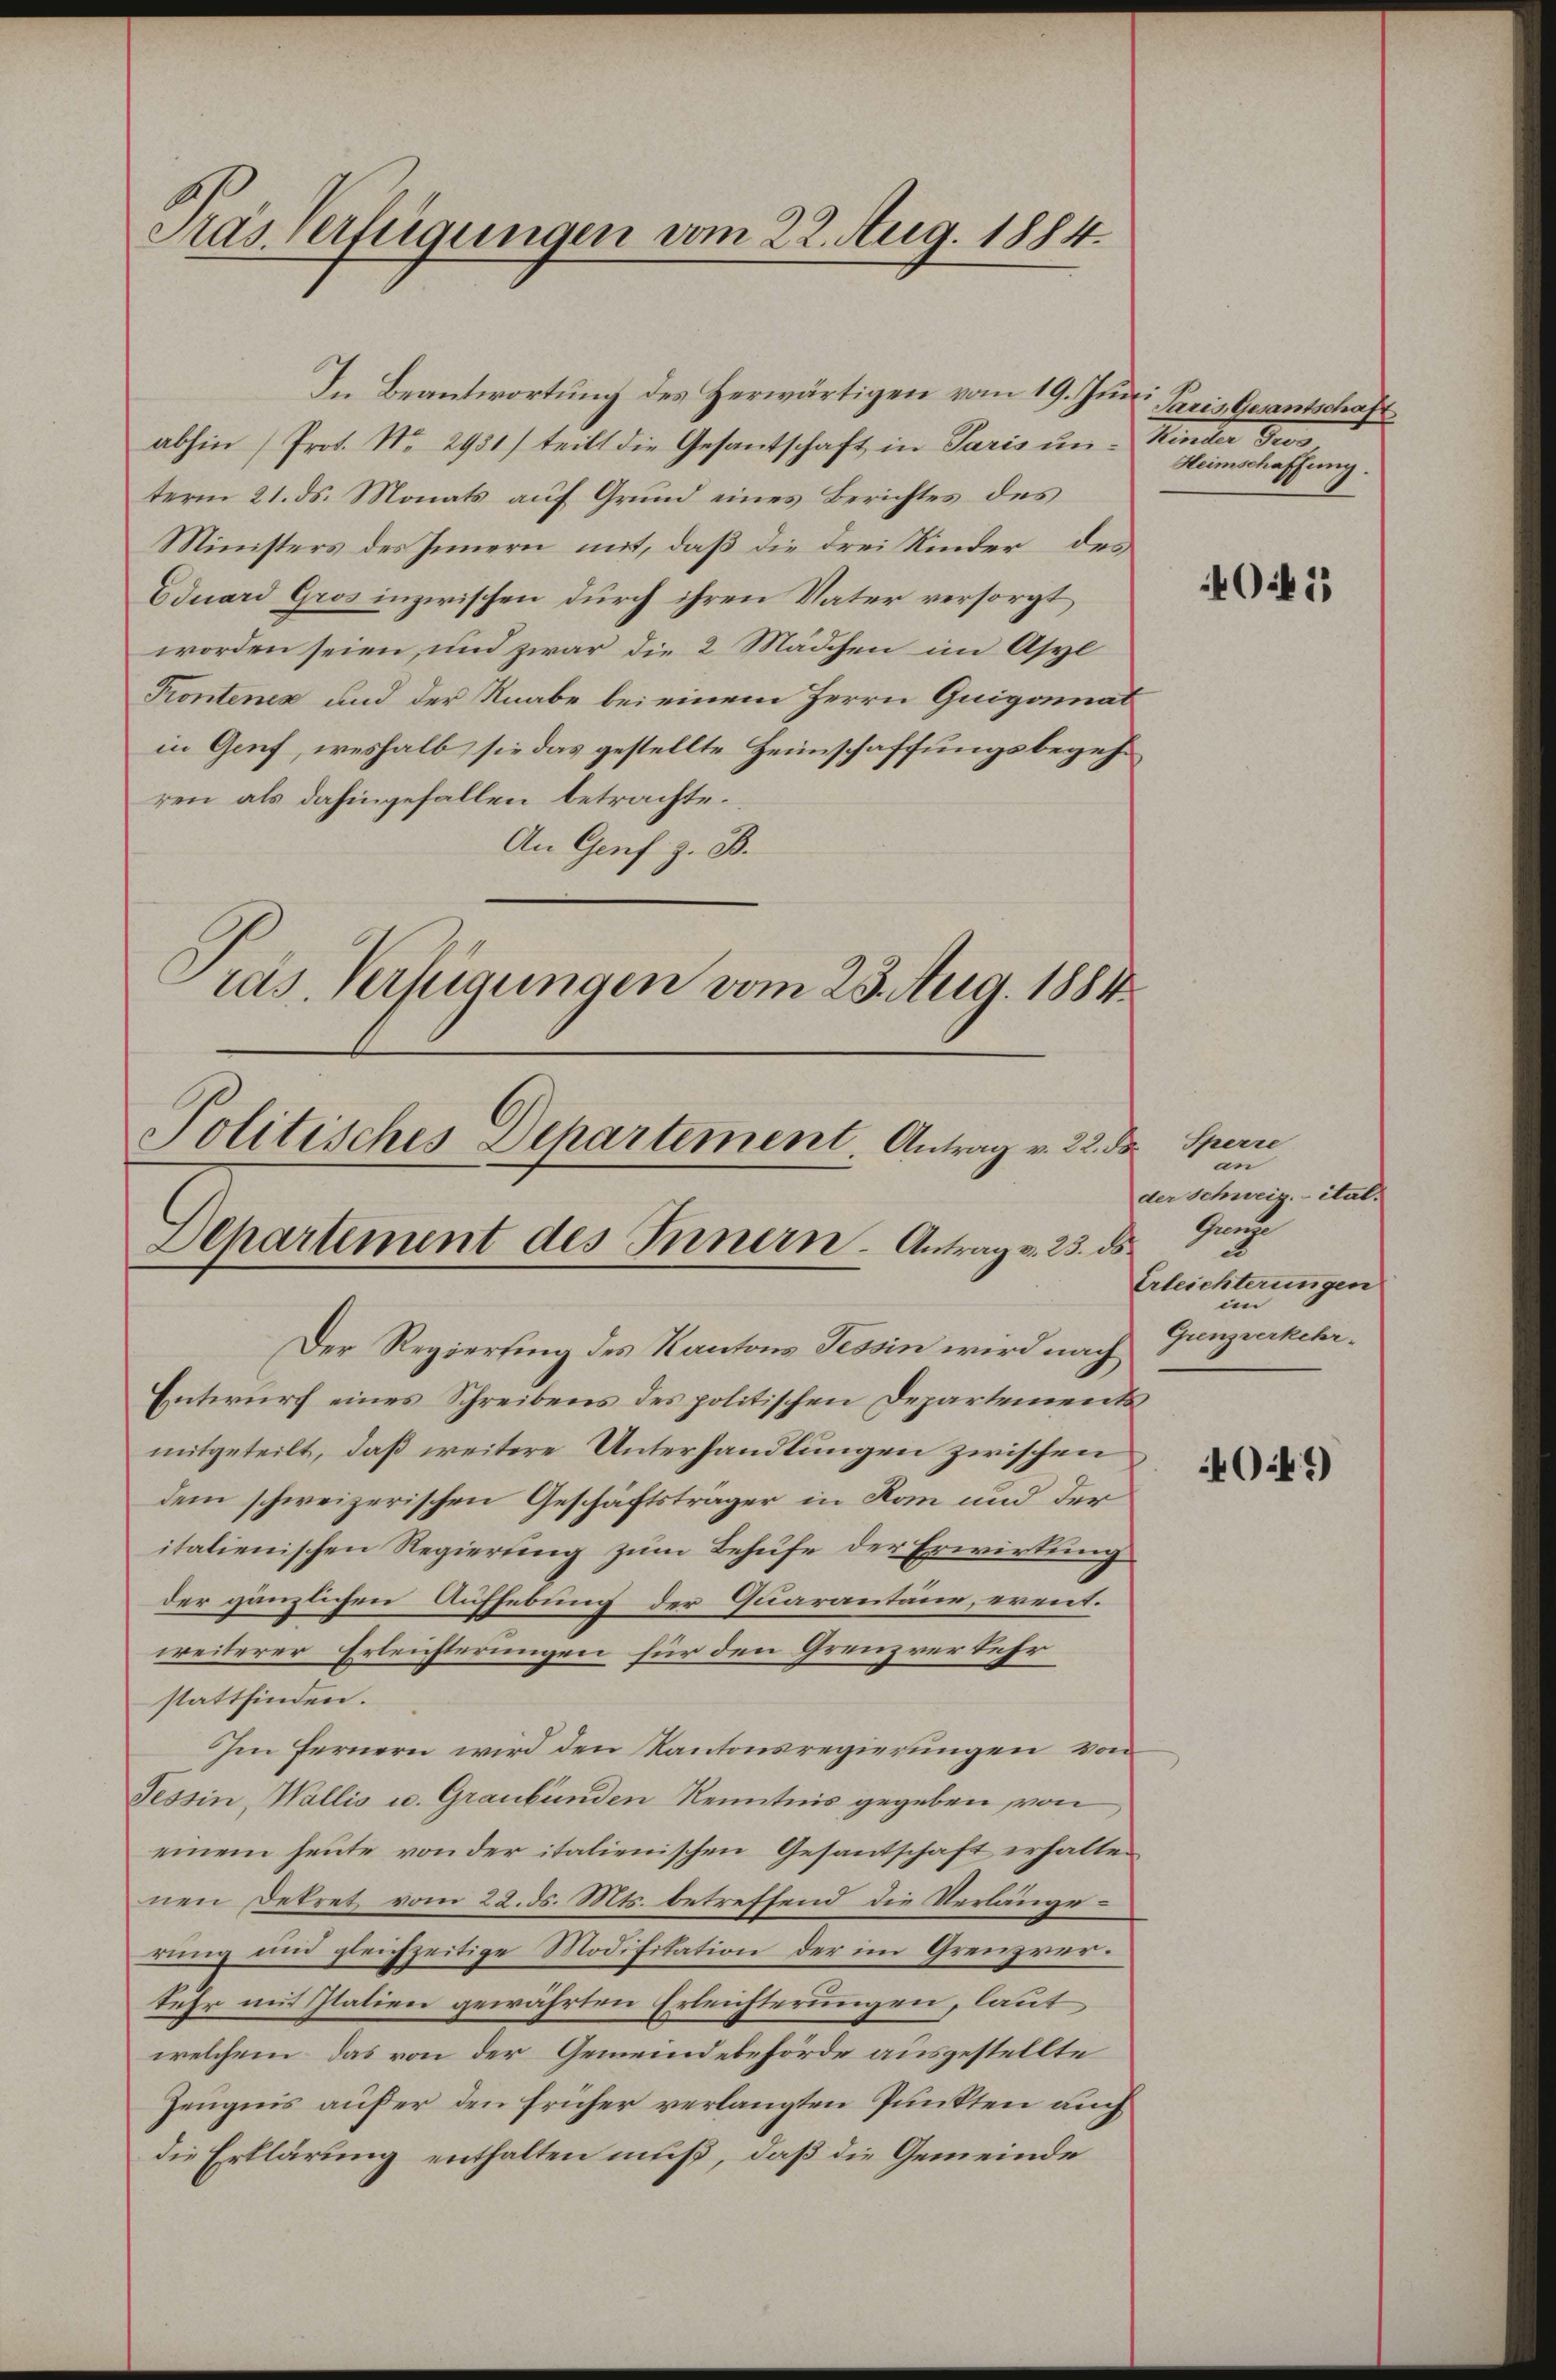
Pras Verfügungen vom 22. Aug. 1884.

abhin (Prot. No. 2931) teilt die Gesantschaft in Paris un- Kinder Gro
term 21. ds. Monats auf Grund eines Berichtes des
Ministers des Innern mit, daß die drei Kinder des
Eduard Gros inzwischen durch ihren Vater versorgt
worden seien, und zwar die 2 Mädchen im Asyl
Kontenes und der Knabe bei einem Herrn Guigonat
in Genf, weshalb sie das gestellte Heimschaffungsbegehren als dahingefallen betrachte.
An Genf z. B.
Präs. Verfügungen vom 23. Aug. 1884

Politisches Dehartement. Antrag v. 22. Dr. Sperre
Departement des Innern - Antrag v. 25. ds.

In Beantwortung des Herwärtigen vom 19. Junii Paris Gesantschaft

Der Regierung des Kantons Tessin wird nach
Entwurf eines Schreibens des politischen Departements
mitgeteilt, daß weitere Unterhandlungen zwischen
dem schweizerischen Geschäftsträger in Ran und der
italienischen Regierung zum Behufe der Erwirkung
der gänzlichen Aufhebung der Quarantäur, erentweiterer Erleichterungen für den Grenzrerkehr
stattfinden.
Im fernern wird den Kantonsregierungen von
Tessin, Wallis u. Graubünden Kenntnis gegeben von
einem heute von der italienischen Gesantschaft erhalten
nen Betret vom 22. ds. Mts. betreffend die Verlänge –
rung und gleichzeitige Modifikation der im Grenzrerkehr mit Italien gewährten Erleichterungen, laut
welchem das von der Gemeindebehörde ausgestellte
Zeugnis außer den früher verlangten Punkten auch
die Erklärung enthalten muß, daß die Gemeinde

Heimschaffung.

an
der Schweiz. ital.
Gund
2
Erleichterungen
im
Grenzverkehr-

061

40 f.)